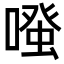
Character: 𠽟